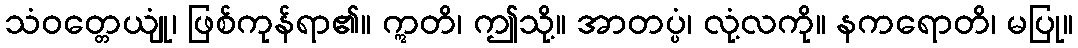
သံဝတ္တေယျုံ၊ ဖြစ်ကုန်ရာ၏။ ဣတိ၊ ဤသို့။ အာတပ္ပံ၊ လုံ့လကို။ နကရောတိ၊ မပြု။